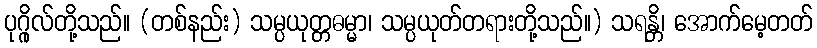
ပုဂ္ဂိုလ်တို့သည်။ (တစ်နည်း) သမ္ပယုတ္တဓမ္မာ၊ သမ္ပယုတ်တရားတို့သည်။) သရန္တိ၊ အောက်မေ့တတ်